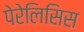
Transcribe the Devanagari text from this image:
पेरेलिसिस